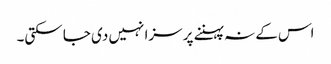
اس کے نہ پہننے پر سزا نہیں دی جا سکتی۔